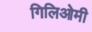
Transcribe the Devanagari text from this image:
गिलिओमी